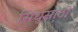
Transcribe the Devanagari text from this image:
सिंधुसाठी